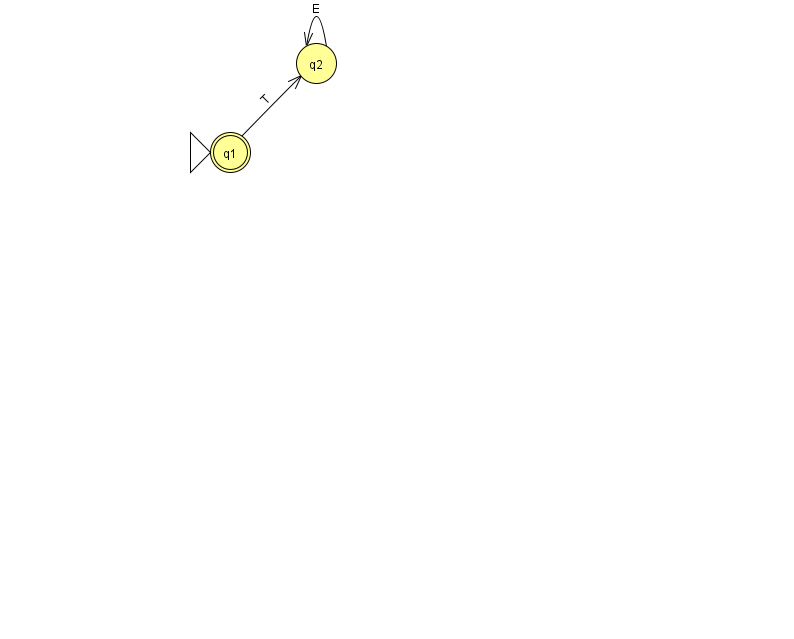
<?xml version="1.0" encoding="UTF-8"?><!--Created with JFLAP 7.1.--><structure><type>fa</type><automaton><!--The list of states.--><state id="1" name="q1"><x>230.0</x><y>139.0</y><initial/><final/></state><state id="2" name="q2"><x>316.0</x><y>50.0</y></state><!--The list of transitions.--><transition><from>2</from><to>2</to><read>E</read></transition><transition><from>1</from><to>2</to><read>T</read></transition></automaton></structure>